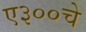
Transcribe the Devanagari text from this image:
ए३००चे